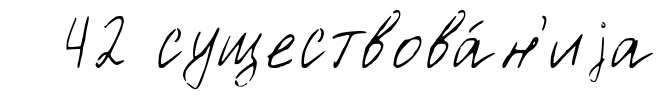
42 существова́н'иjа